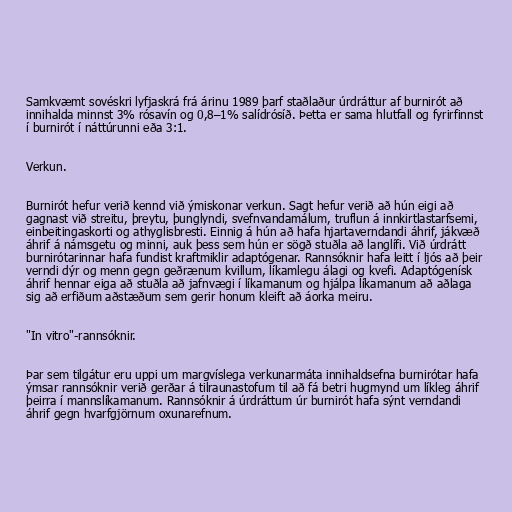
Samkvæmt sovéskri lyfjaskrá frá árinu 1989 þarf staðlaður úrdráttur af burnirót að
innihalda minnst 3% rósavín og 0,8–1% salídrósíð. Þetta er sama hlutfall og fyrirfinnst
í burnirót í náttúrunni eða 3:1.

Verkun.

Burnirót hefur verið kennd við ýmiskonar verkun. Sagt hefur verið að hún eigi að
gagnast við streitu, þreytu, þunglyndi, svefnvandamálum, truflun á innkirtlastarfsemi,
einbeitingaskorti og athyglisbresti. Einnig á hún að hafa hjartaverndandi áhrif, jákvæð
áhrif á námsgetu og minni, auk þess sem hún er sögð stuðla að langlífi. Við úrdrátt
burnirótarinnar hafa fundist kraftmiklir adaptógenar. Rannsóknir hafa leitt í ljós að þeir
verndi dýr og menn gegn geðrænum kvillum, líkamlegu álagi og kvefi. Adaptógenísk
áhrif hennar eiga að stuðla að jafnvægi í líkamanum og hjálpa líkamanum að aðlaga
sig að erfiðum aðstæðum sem gerir honum kleift að áorka meiru.

"In vitro"-rannsóknir.

Þar sem tilgátur eru uppi um margvíslega verkunarmáta innihaldsefna burnirótar hafa
ýmsar rannsóknir verið gerðar á tilraunastofum til að fá betri hugmynd um líkleg áhrif
þeirra í mannslíkamanum. Rannsóknir á úrdráttum úr burnirót hafa sýnt verndandi
áhrif gegn hvarfgjörnum oxunarefnum.